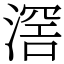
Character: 滘